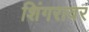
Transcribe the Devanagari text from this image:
शिंगरावर